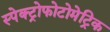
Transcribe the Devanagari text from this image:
स्पेक्ट्रोफोटोमेट्रिक